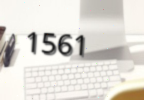
1561